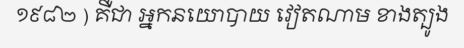
១៩៨២ ) គឺជា អ្នកនយោបាយ វៀតណាម ខាងត្បូង